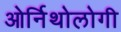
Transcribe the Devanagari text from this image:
ओर्निथोलोगी